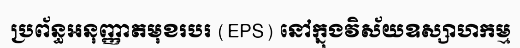
ប្រព័ន្ធអនុញ្ញាតមុខរបរ (EPS) នៅក្នុងវិស័យឧស្សាហកម្ម